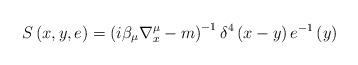
LaTeX: \begin{align*}S\left( x,y,e\right) =\left( i\beta _{\mu }\nabla _{x}^{\mu }-m\right)^{-1}\delta ^{4}\left( x-y\right) e^{-1}\left( y\right) \end{align*}